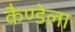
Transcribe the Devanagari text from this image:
कैण्डेला